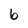
Character: b